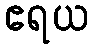
ဧရယ